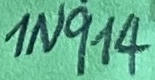
Text: 1n914